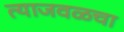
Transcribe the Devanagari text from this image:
त्याजवळचा